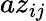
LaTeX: az_{ij}